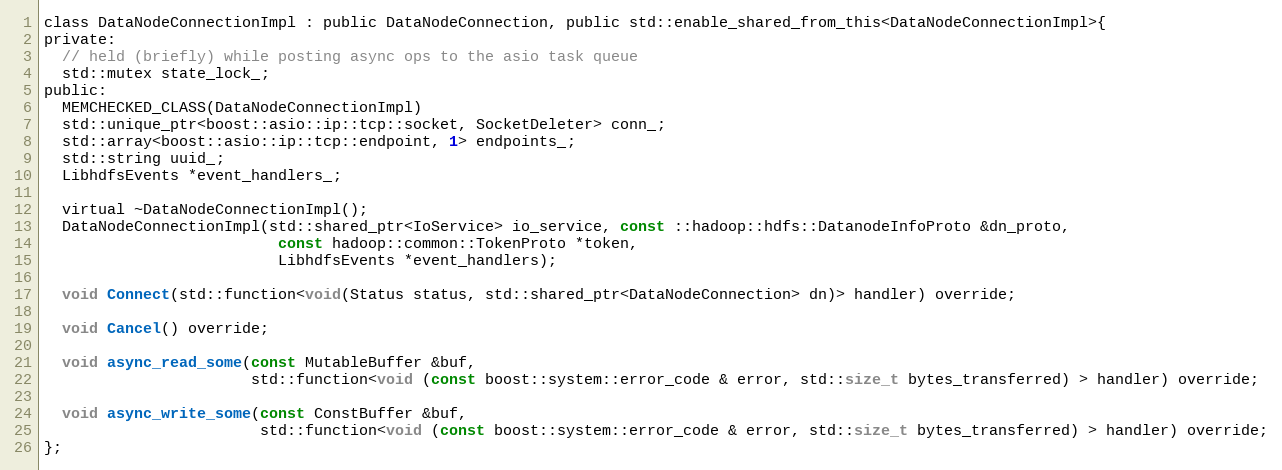
Language: C
class DataNodeConnectionImpl : public DataNodeConnection, public std::enable_shared_from_this<DataNodeConnectionImpl>{
private:
  // held (briefly) while posting async ops to the asio task queue
  std::mutex state_lock_;
public:
  MEMCHECKED_CLASS(DataNodeConnectionImpl)
  std::unique_ptr<boost::asio::ip::tcp::socket, SocketDeleter> conn_;
  std::array<boost::asio::ip::tcp::endpoint, 1> endpoints_;
  std::string uuid_;
  LibhdfsEvents *event_handlers_;

  virtual ~DataNodeConnectionImpl();
  DataNodeConnectionImpl(std::shared_ptr<IoService> io_service, const ::hadoop::hdfs::DatanodeInfoProto &dn_proto,
                          const hadoop::common::TokenProto *token,
                          LibhdfsEvents *event_handlers);

  void Connect(std::function<void(Status status, std::shared_ptr<DataNodeConnection> dn)> handler) override;

  void Cancel() override;

  void async_read_some(const MutableBuffer &buf,
                       std::function<void (const boost::system::error_code & error, std::size_t bytes_transferred) > handler) override;

  void async_write_some(const ConstBuffer &buf,
                        std::function<void (const boost::system::error_code & error, std::size_t bytes_transferred) > handler) override;
};